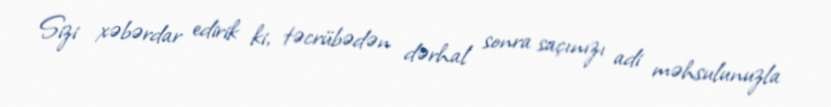
Sizi xəbərdar edirik ki, təcrübədən dərhal sonra saçınızı adi məhsulunuzla